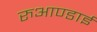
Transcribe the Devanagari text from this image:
रुआण्डाई